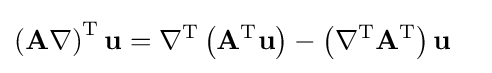
{\begin{aligned}\left(\mathbf {A} \nabla \right)^{\text{T}}\mathbf {u} &=\nabla ^{\text{T}}\left(\mathbf {A} ^{\text{T}}\mathbf {u} \right)-\left(\nabla ^{\text{T}}\mathbf {A} ^{\text{T}}\right)\mathbf {u} \end{aligned}}